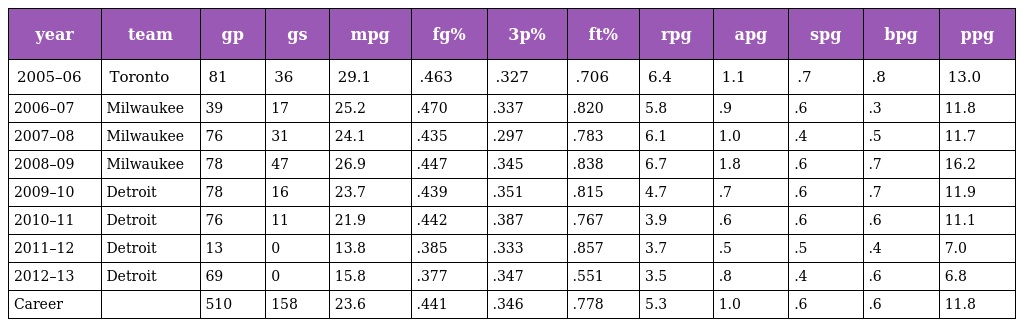
| year | team | gp | gs | mpg | fg% | 3p% | ft% | rpg | apg | spg | bpg | ppg |
 | --- | --- | --- | --- | --- | --- | --- | --- | --- | --- | --- | --- | --- |
 | 2005–06 | Toronto | 81 | 36 | 29.1 | .463 | .327 | .706 | 6.4 | 1.1 | .7 | .8 | 13.0 |
 | 2006–07 | Milwaukee | 39 | 17 | 25.2 | .470 | .337 | .820 | 5.8 | .9 | .6 | .3 | 11.8 |
 | 2007–08 | Milwaukee | 76 | 31 | 24.1 | .435 | .297 | .783 | 6.1 | 1.0 | .4 | .5 | 11.7 |
 | 2008–09 | Milwaukee | 78 | 47 | 26.9 | .447 | .345 | .838 | 6.7 | 1.8 | .6 | .7 | 16.2 |
 | 2009–10 | Detroit | 78 | 16 | 23.7 | .439 | .351 | .815 | 4.7 | .7 | .6 | .7 | 11.9 |
 | 2010–11 | Detroit | 76 | 11 | 21.9 | .442 | .387 | .767 | 3.9 | .6 | .6 | .6 | 11.1 |
 | 2011–12 | Detroit | 13 | 0 | 13.8 | .385 | .333 | .857 | 3.7 | .5 | .5 | .4 | 7.0 |
 | 2012–13 | Detroit | 69 | 0 | 15.8 | .377 | .347 | .551 | 3.5 | .8 | .4 | .6 | 6.8 |
 | Career |  | 510 | 158 | 23.6 | .441 | .346 | .778 | 5.3 | 1.0 | .6 | .6 | 11.8 |